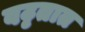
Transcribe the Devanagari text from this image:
वट्टतात